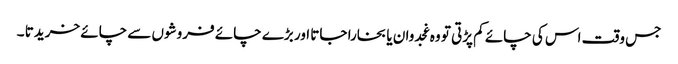
جس وقت اس کی چائے کم پڑتی تو وہ غجدوان یا بخارا جاتا اور بڑے چائے فروشوں سے چائے خریدتا ۔